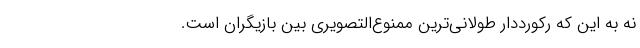
نه به این ‌که رکورددار طولانی‌ترین ممنوع‌التصویری بین بازیگران است.